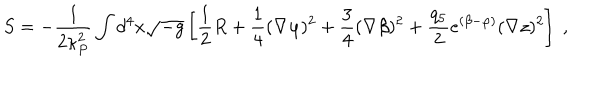
S = - \frac { 1 } { 2 \kappa _ { P } ^ { 2 } } \int d ^ { 4 } x \sqrt { - g } \left[ \frac { 1 } { 2 } R + \frac { 1 } { 4 } ( \nabla \varphi ) ^ { 2 } + \frac { 3 } { 4 } ( \nabla \beta ) ^ { 2 } + \frac { q _ { 5 } } { 2 } e ^ { ( \beta - \varphi ) } ( \nabla z ) ^ { 2 } \right] \; ,